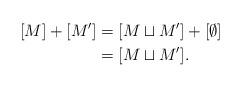
LaTeX: \begin{align*} [M]+[M'] &= [M\sqcup M']+[\emptyset]\\ &=[M\sqcup M']. \end{align*}